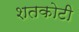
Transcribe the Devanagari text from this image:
शतकोटी